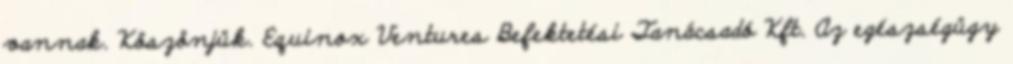
vannak. Köszönjük. Equinox Ventures Befektetési Tanácsadó Kft. Az egészségügy